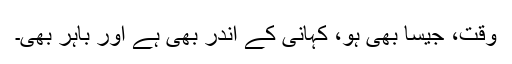
وقت، جیسا بھی ہو، کہانی کے اندر بھی ہے اور باہر بھی۔